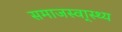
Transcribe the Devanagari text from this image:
समाजस्वा्स्थ्य